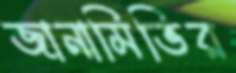
জানামিভির